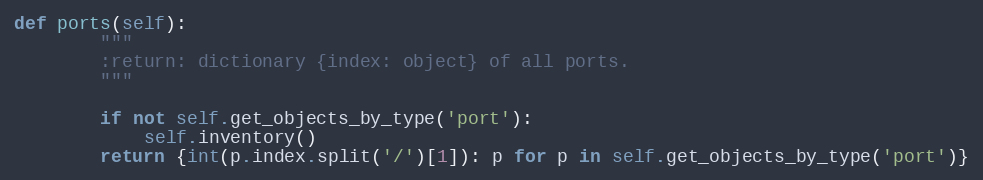
Language: Python
def ports(self):
        """
        :return: dictionary {index: object} of all ports.
        """

        if not self.get_objects_by_type('port'):
            self.inventory()
        return {int(p.index.split('/')[1]): p for p in self.get_objects_by_type('port')}